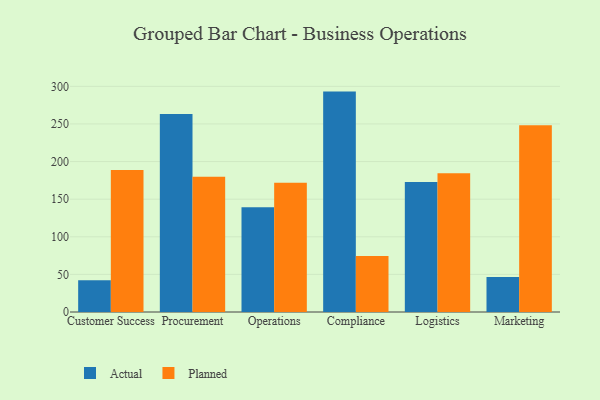
{"axis": {"x": "Department", "y": "Backlog"}, "legend": ["Actual", "Planned"], "data": [{"x": "Customer Success", "y": 42.3, "type": "Actual"}, {"x": "Customer Success", "y": 188.7, "type": "Planned"}, {"x": "Procurement", "y": 263.3, "type": "Actual"}, {"x": "Procurement", "y": 179.9, "type": "Planned"}, {"x": "Operations", "y": 139.2, "type": "Actual"}, {"x": "Operations", "y": 171.7, "type": "Planned"}, {"x": "Compliance", "y": 293.0, "type": "Actual"}, {"x": "Compliance", "y": 74.6, "type": "Planned"}, {"x": "Logistics", "y": 172.7, "type": "Actual"}, {"x": "Logistics", "y": 184.5, "type": "Planned"}, {"x": "Marketing", "y": 46.5, "type": "Actual"}, {"x": "Marketing", "y": 248.3, "type": "Planned"}]}